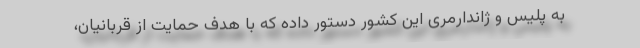
به پلیس و ژاندارمری این کشور دستور داده که با هدف حمایت از قربانیان،